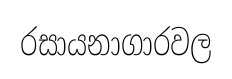
රසායනාගාරවල